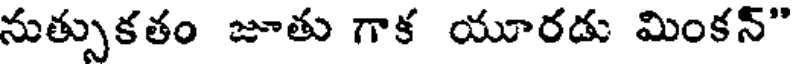
నుత్పుకతం జూతు గాక యూరడు మింకన్"